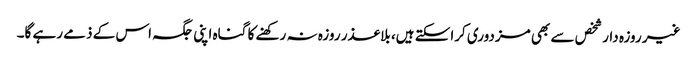
غیر روزہ دار شخص سے بھی مزدوری کراسکتے ہیں، بلاعذر روزہ نہ رکھنے کا گناہ اپنی جگہ اس کے ذمے رہے گا۔